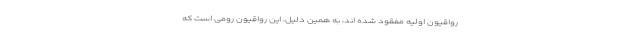
رواقیون اولیه مفقود شده اند، به همین دلیل، این رواقیون رومی است که